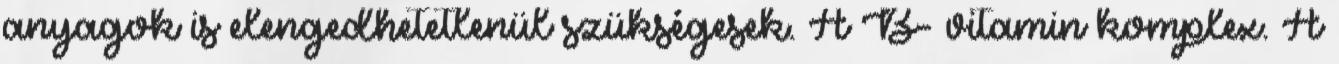
anyagok is elengedhetetlenül szükségesek. A B- vitamin komplex. A